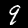
Label: 9